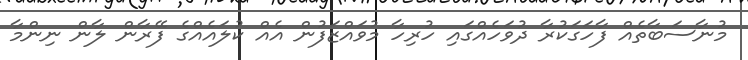
މުނާސަބާތެއް ފާހަގަކުރާ ދުވަހެއްގައި ހުރިހާ މުވައްޒަފުން އެއް ކުލައެއްގެ ފޭރާން ލާން ނިންމާ